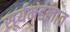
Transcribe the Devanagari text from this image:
सूर्यमंडलात